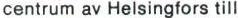
centrum av Helsingfors till